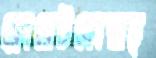
ফ্লোরেটফোরাচ্